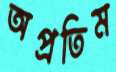
অপ্রতিম